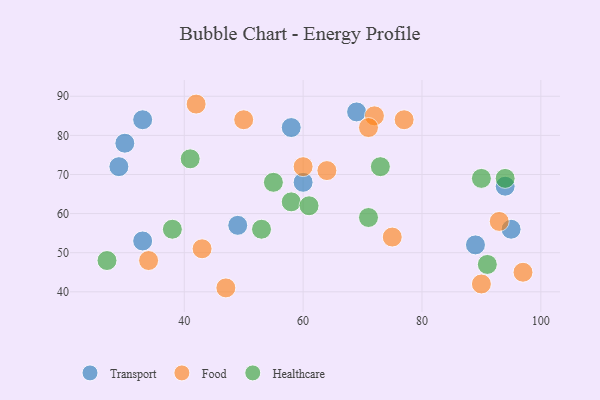
{"axis": {"x": "GDP", "y": "Life Expectancy"}, "legend": ["Food", "Healthcare", "Transport"], "data": [{"x": "94", "y": 67, "type": "Transport"}, {"x": "33", "y": 53, "type": "Transport"}, {"x": "33", "y": 84, "type": "Transport"}, {"x": "95", "y": 56, "type": "Transport"}, {"x": "30", "y": 78, "type": "Transport"}, {"x": "49", "y": 57, "type": "Transport"}, {"x": "89", "y": 52, "type": "Transport"}, {"x": "58", "y": 82, "type": "Transport"}, {"x": "29", "y": 72, "type": "Transport"}, {"x": "60", "y": 68, "type": "Transport"}, {"x": "69", "y": 86, "type": "Transport"}, {"x": "50", "y": 84, "type": "Food"}, {"x": "90", "y": 42, "type": "Food"}, {"x": "72", "y": 85, "type": "Food"}, {"x": "71", "y": 82, "type": "Food"}, {"x": "64", "y": 71, "type": "Food"}, {"x": "93", "y": 58, "type": "Food"}, {"x": "42", "y": 88, "type": "Food"}, {"x": "60", "y": 72, "type": "Food"}, {"x": "47", "y": 41, "type": "Food"}, {"x": "43", "y": 51, "type": "Food"}, {"x": "77", "y": 84, "type": "Food"}, {"x": "97", "y": 45, "type": "Food"}, {"x": "34", "y": 48, "type": "Food"}, {"x": "75", "y": 54, "type": "Food"}, {"x": "38", "y": 56, "type": "Healthcare"}, {"x": "27", "y": 48, "type": "Healthcare"}, {"x": "58", "y": 63, "type": "Healthcare"}, {"x": "53", "y": 56, "type": "Healthcare"}, {"x": "91", "y": 47, "type": "Healthcare"}, {"x": "94", "y": 69, "type": "Healthcare"}, {"x": "41", "y": 74, "type": "Healthcare"}, {"x": "71", "y": 59, "type": "Healthcare"}, {"x": "90", "y": 69, "type": "Healthcare"}, {"x": "55", "y": 68, "type": "Healthcare"}, {"x": "61", "y": 62, "type": "Healthcare"}, {"x": "73", "y": 72, "type": "Healthcare"}]}